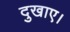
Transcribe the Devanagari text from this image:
दुखाए।